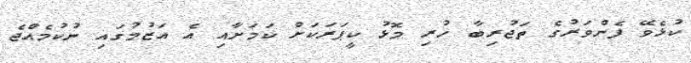
ކުޅެވޭ ފެންވަރުގެ ތަޖުރިބާ ހުރި މޮޅު ކީޕަރަކަށް ކަމަށާއި އެ އަޒުމުގައި ނުކުމެއްޖެ